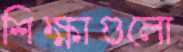
শিক্ষাগুলো